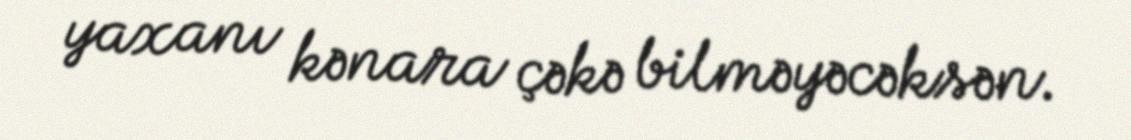
yaxanı kənara çəkə bilməyəcəksən.